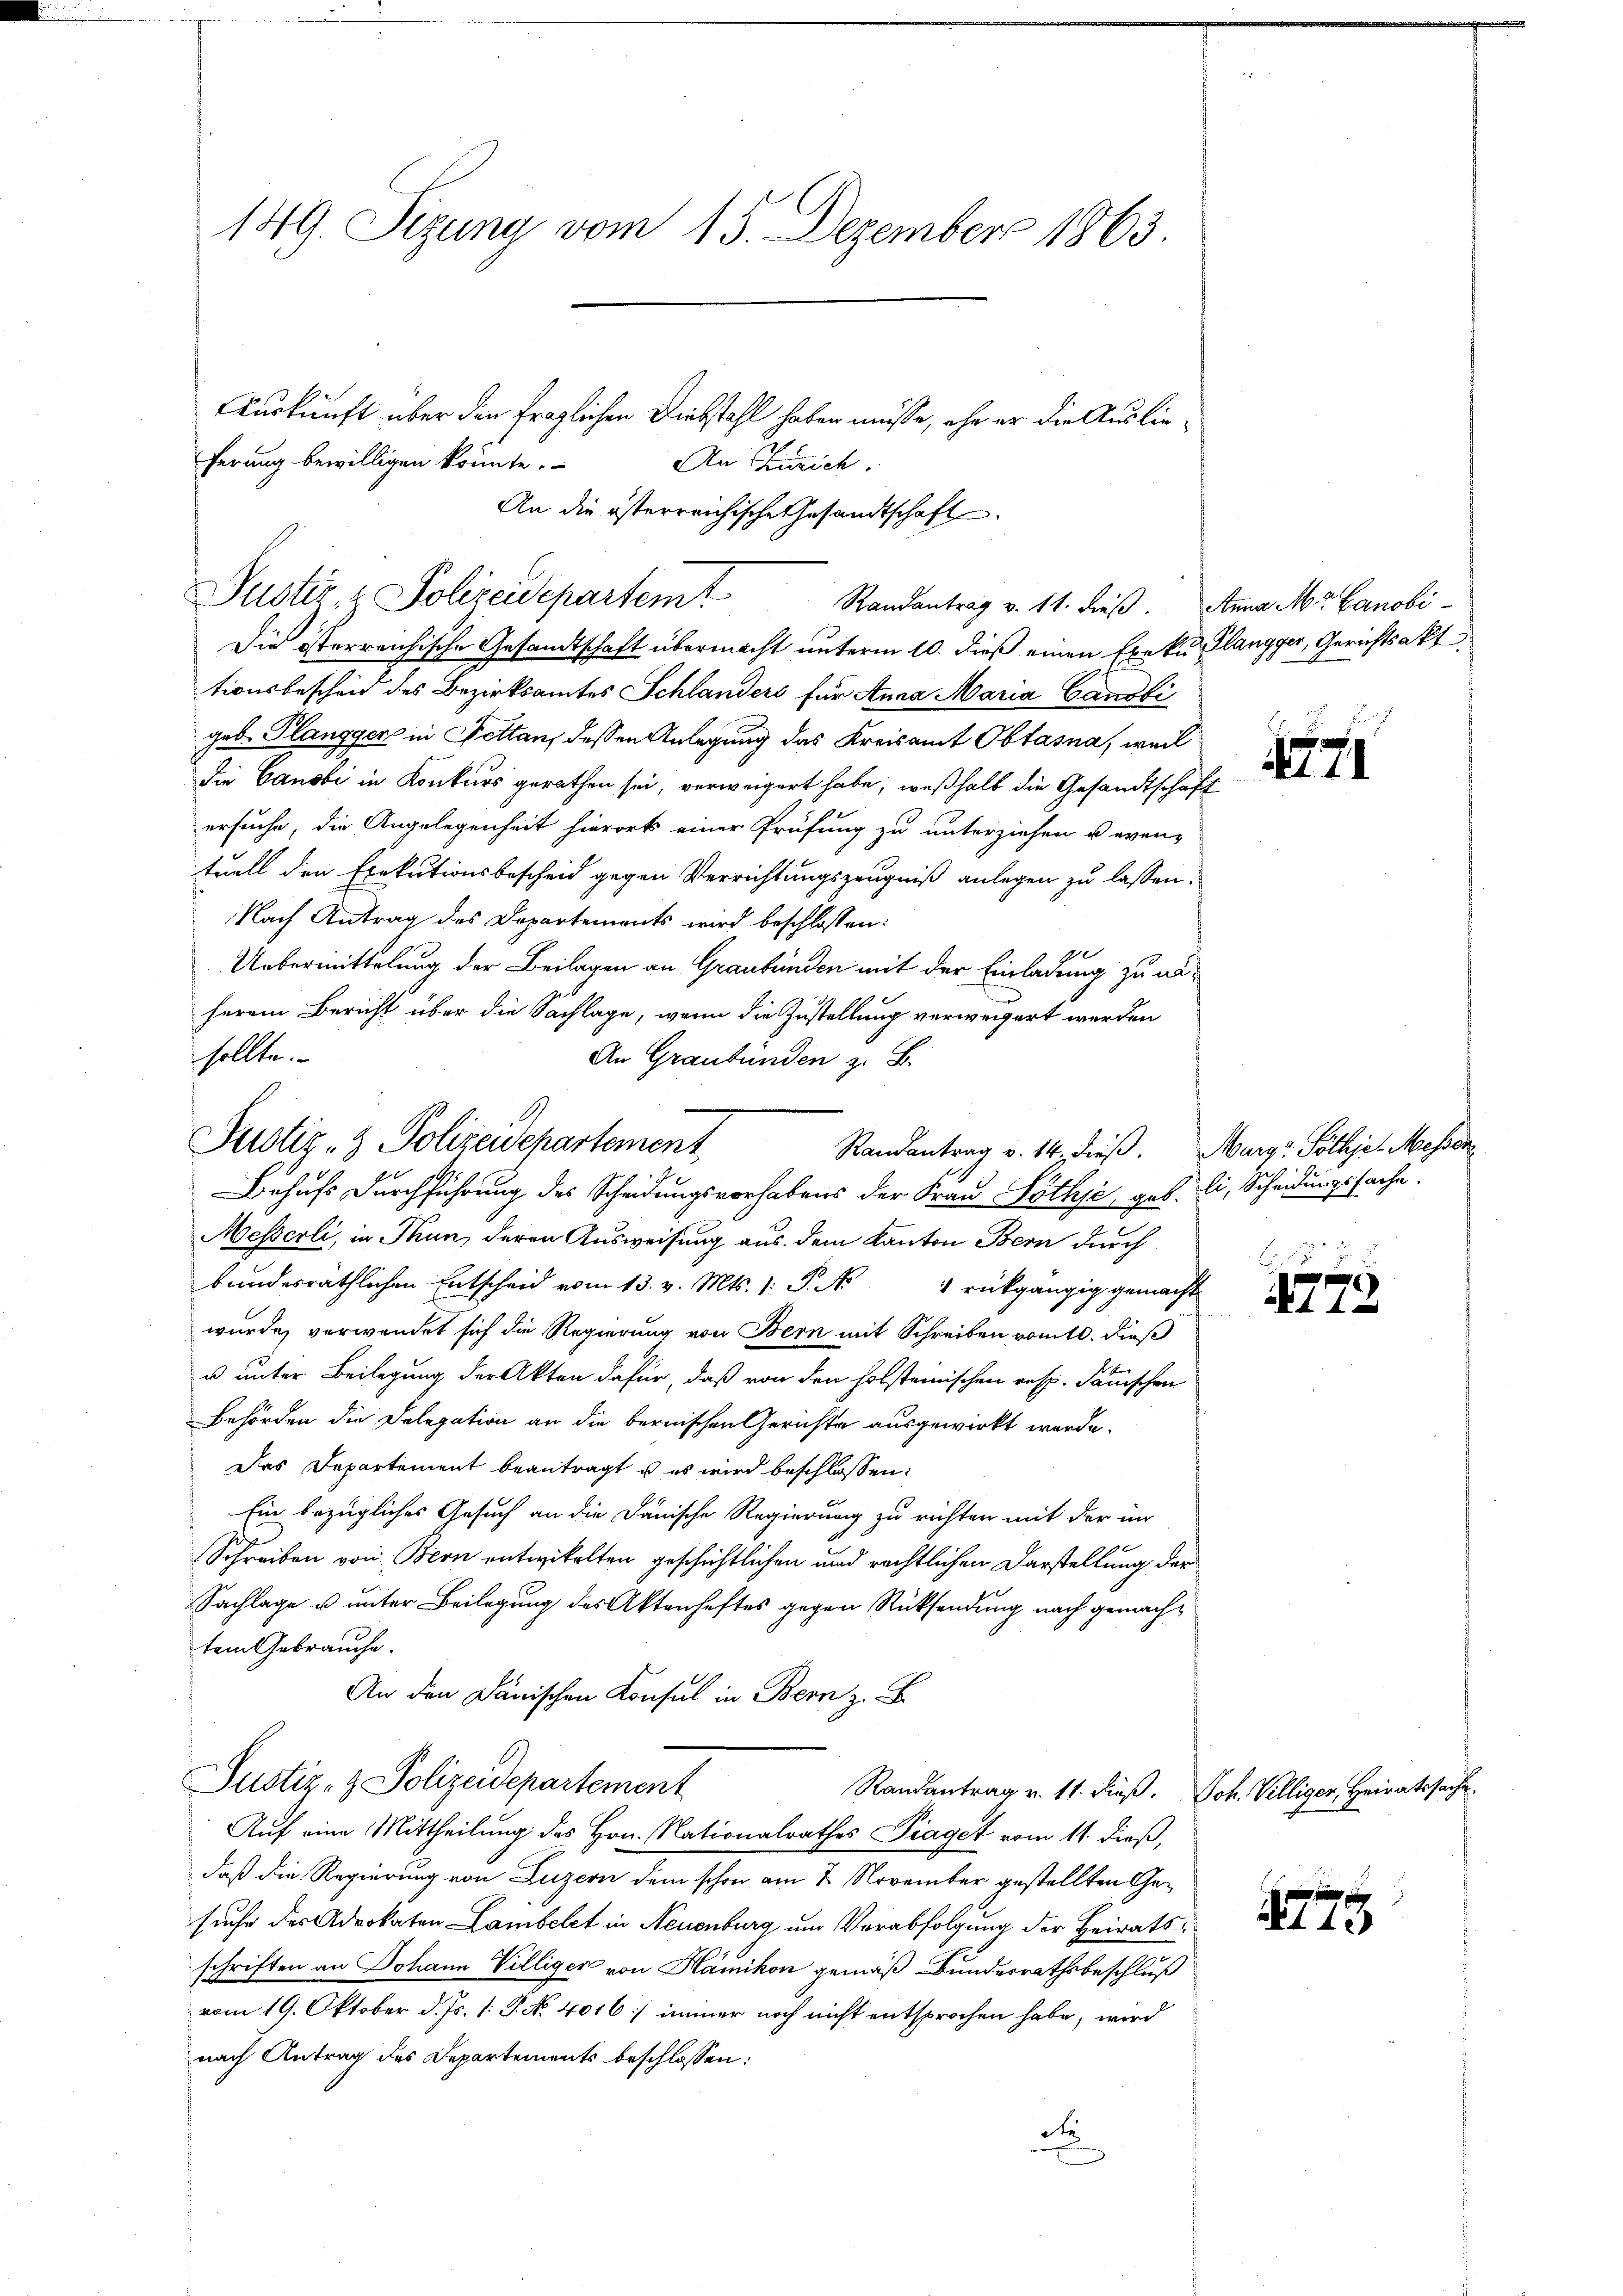
149. Sizung vom 15. Dezember 1863.

Auskunft über den fraglichen Diebstahl haben müsse, ehe er die Auslieferung bewilligen könnte.
An Zürich.
An die österreichische Gesandtschaft
Die österreichische Gesandtschaft übermacht unterm 10. dieß einen Exeku Klangger, Gerichtsakt
tionsbescheid des Bezirksamtes Schlanders für Anna Maria Gandbi
geb. Plangger in Fettan, dessen Anlegung das Kreisamt Obtasna, weil
die Canobi in Konkurs gerathen sei, verweigert habe, weßhalb die Gesandtschaf
ersuche, die Angelegenheit hierort einer Prüfung zu unterziehen u. even-
tuell den Exekutionsbescheid gegen Verrichtungszeugniß anlegen zu lassen.
Nach Antrag des Departements wird beschlossen:
9
Uebermittelung der Beilagen an Graubünden mit der Einladung zu anherem Bericht über die Sachlage, wenn die Zustellung verweigert werden
sollte.
An Graubünden z. B.
Behufs Durchführung des Scheidungsverhabens der Frau Söthje, geb. Ei, Scheidungssache.
Messerli, in Thun, deren Ausweisung aus dem Kanton Bern durch
bundesräthlichen Entscheid vom 13. v. Mts. 1: P. Nr. 1 rückgängig gemacht
wurde, verwendet sich die Regierung von Bern mit Schreiben vom 10. dieß
u unter Beilegung der Akten dafür, daß von den holsteiischen resp. Fänischen
Behörden die Delegation an die bernischen Gerichte ausgewirkt werde.
Das Departement beantragt u es wird beschlossen:
Ein bezügliches Gesuch an die Danische Regierung zu richten mit der im
Schreiben von Bern entwickelten geschichtlichen und rechtlichen Darstellung der
Sachlage u. unter Beilegung des Aktenheftes gegen Rücksendung nach gemachtem Gebrauche.
An den Dänischen Konsul in Bern z. B
Justiz- & Polizeidepartement
Randantrag v. 11. dieß. Joh. Villiger, Heiratssache.
Auf eine Mittheilung des Hrn. Nationalrathes Piaget vom 11. dieß,
daß die Regierung von Luzern dem schon am 2. November gestellten Gesuche des Advokaten Lambelet in Neuenburg, um Verabfolgung der Heiratsschriften an Johann Villiger von Hämikon gemäß Bundesrathsbeschluß
vom 19. Oktober d. Js. (: P. No. 4016] immer noch nicht entsprochen habe, wird
nach Antrag des Departements beschlossen:
d

Justiz- & Polizeidepartemt

Justiz- & Polizeidepartement

Randantrag v. 11. dieß.

Randantrag v. 14. dieβ.

Anna Mr. Canobi

i

771

Marga Pöthjel Messen

E d
e
S 11

1779